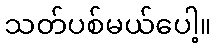
သတ်ပစ်မယ်ပေါ့။